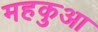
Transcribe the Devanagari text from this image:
महकुआ